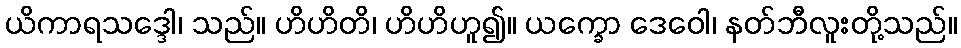
ယိကာရသဒ္ဒေါ၊ သည်။ ဟိဟိတိ၊ ဟိဟိဟူ၍။ ယက္ခော ဒေဝေါ၊ နတ်ဘီလူးတို့သည်။